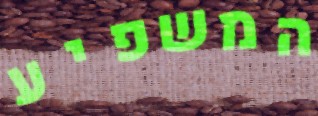
המשפיע